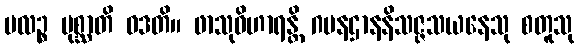
ဗလဉ္စ ပုစ္ဆာတိ ဝဒတိ။ ဖာသုဝိဟာရန္တိ ဂမနဌာနနိသဇ္ဇသယနေသု စတူသု